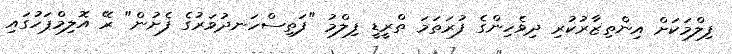
ފިލްމަކަށް އިންތިޒާރުކުރި ދިވެހިންގެ ފުރަތަމަ ތްރީޑީ ފިލްމު "ފަތިސްހަނދުވަރުގެ ފެށުން" ރޭ އޮލިމްޕަހުގައި